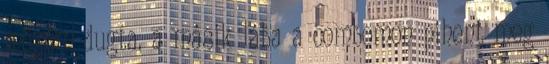
mögém dugta, a másik lába a combomon pihent meg